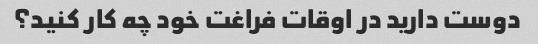
دوست دارید در اوقات فراغت خود چه کار کنید؟